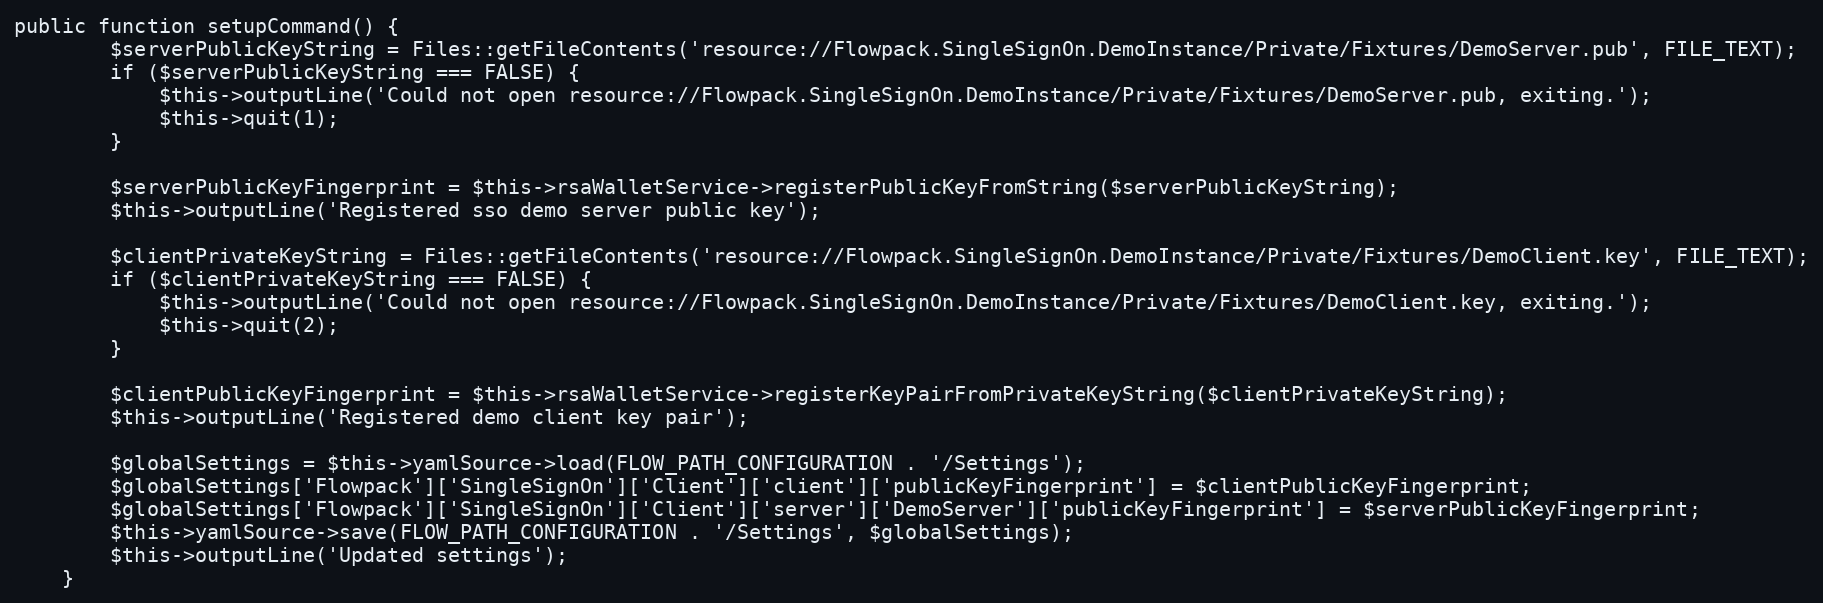
Language: PHP
public function setupCommand() {
		$serverPublicKeyString = Files::getFileContents('resource://Flowpack.SingleSignOn.DemoInstance/Private/Fixtures/DemoServer.pub', FILE_TEXT);
		if ($serverPublicKeyString === FALSE) {
			$this->outputLine('Could not open resource://Flowpack.SingleSignOn.DemoInstance/Private/Fixtures/DemoServer.pub, exiting.');
			$this->quit(1);
		}

		$serverPublicKeyFingerprint = $this->rsaWalletService->registerPublicKeyFromString($serverPublicKeyString);
		$this->outputLine('Registered sso demo server public key');

		$clientPrivateKeyString = Files::getFileContents('resource://Flowpack.SingleSignOn.DemoInstance/Private/Fixtures/DemoClient.key', FILE_TEXT);
		if ($clientPrivateKeyString === FALSE) {
			$this->outputLine('Could not open resource://Flowpack.SingleSignOn.DemoInstance/Private/Fixtures/DemoClient.key, exiting.');
			$this->quit(2);
		}

		$clientPublicKeyFingerprint = $this->rsaWalletService->registerKeyPairFromPrivateKeyString($clientPrivateKeyString);
		$this->outputLine('Registered demo client key pair');

		$globalSettings = $this->yamlSource->load(FLOW_PATH_CONFIGURATION . '/Settings');
		$globalSettings['Flowpack']['SingleSignOn']['Client']['client']['publicKeyFingerprint'] = $clientPublicKeyFingerprint;
		$globalSettings['Flowpack']['SingleSignOn']['Client']['server']['DemoServer']['publicKeyFingerprint'] = $serverPublicKeyFingerprint;
		$this->yamlSource->save(FLOW_PATH_CONFIGURATION . '/Settings', $globalSettings);
		$this->outputLine('Updated settings');
	}